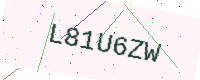
Text: L81U6ZW